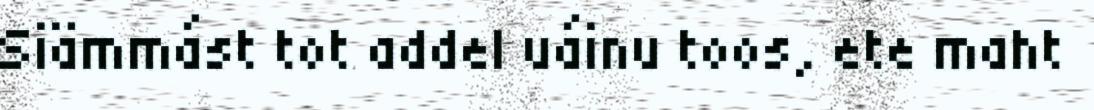
Siämmást tot addel uáinu toos, ete maht